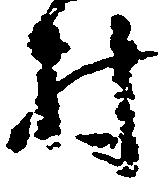
村